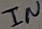
Text: IN